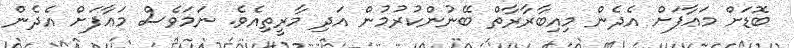
ބޮޑަށް މަޢާފަށް އެދެން މިއިބާރާރާތް ބޭނުންކުރުމުން އަދި މާރީތިއެވެ. ނަމަވެސް މަޢާފަށް އެދެން